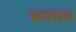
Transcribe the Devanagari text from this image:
अववय